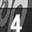
Digit: 4